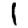
Digit: 1